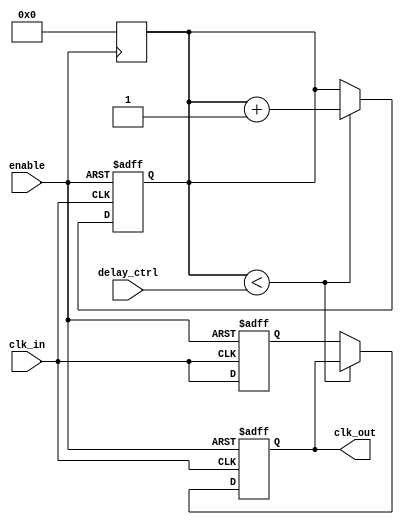
module delay_clock_buffer (
    input wire clk_in,          // Input clock signal
    input wire enable,          // Enable signal
    input wire [3:0] delay_ctrl, // Control signal for delay (in clock cycles)
    output reg clk_out          // Output delayed clock signal
);

    // Internal signals
    reg [3:0] delay_counter;    // Counter for delay cycles
    reg clk_delayed;            // Intermediate delayed clock signal

    // Delay line using a series of flip-flops
    always @(posedge clk_in or negedge enable) begin
        if (!enable) begin
            // When disabled, output should be low
            clk_out <= 1'b0;
            delay_counter <= 4'b0;
            clk_delayed <= 1'b0;
        end else begin
            // Shift the delayed clock signal through the delay line
            clk_delayed <= clk_in;
            if (delay_counter < delay_ctrl) begin
                delay_counter <= delay_counter + 1;
            end else begin
                clk_out <= clk_delayed; // Output the delayed clock
            end
        end
    end

    // Reset the delay counter when the enable signal is low
    always @(negedge enable) begin
        delay_counter <= 4'b0;
    end

endmodule